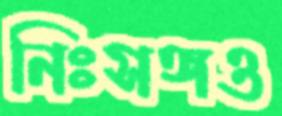
নিঃসঙ্গও